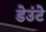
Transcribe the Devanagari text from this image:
डेउंटे